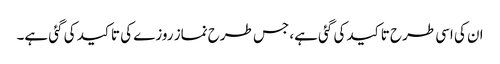
ان کی اسی طرح تاکید کی گئی ہے، جس طرح نماز روزے کی تاکید کی گئی ہے۔